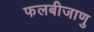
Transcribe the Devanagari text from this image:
फलबीजाणु